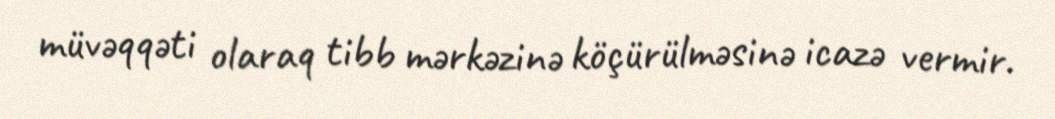
müvəqqəti olaraq tibb mərkəzinə köçürülməsinə icazə vermir.